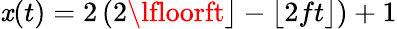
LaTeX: \mathit{x}(t)=2\left(2\lfloorft\rfloor-\lfloor2ft\rfloor\right)+1